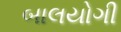
બાલયોગી